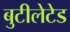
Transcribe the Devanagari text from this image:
बुटीलेटेड